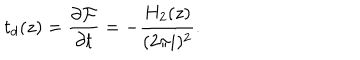
LaTeX: t _ { d } ( z ) = \frac { \partial { \cal F } } { \partial t } = - \frac { H _ { 2 } ( z ) } { ( 2 \pi i ) ^ { 2 } } .